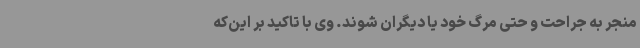
منجر به جراحت و حتی مرگ خود یا دیگران شوند. وی با تاکید بر این‌که